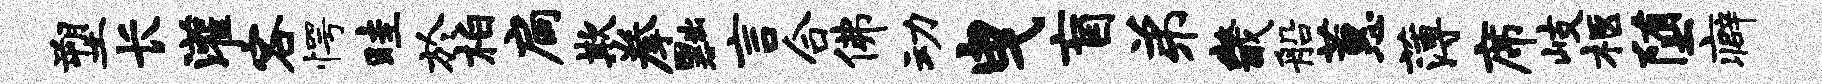
塑长灌客愕畦於柏扃欺拳黜言合佛动曳盲弟畿船蕙薄席岐柩堕癖